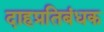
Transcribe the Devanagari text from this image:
दाहप्रतिबंधक